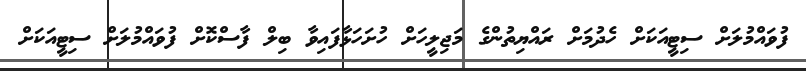
ފުވައްމުލަށް ސިޓީއަކަށް ހެދުމަށް ރައްޔިތުންގެ މަޖިލީހަށް ހުށަހަޅާފައިވާ ބިލް ފާސްކޮށް ފުވައްމުލަށް ސިޓީއަކަށް